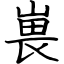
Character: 嵔